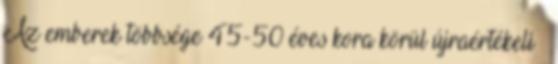
Az emberek többsége 45-50 éves kora körül újraértékeli –